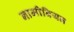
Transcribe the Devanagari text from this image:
नामीबियन